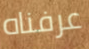
عرفناه